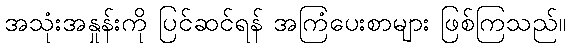
အသုံးအနှုန်းကို ပြင်ဆင်ရန် အကြံပေးစာများ ဖြစ်ကြသည်။